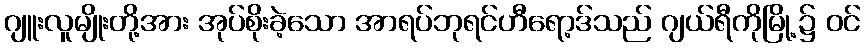
ဂျူးလူမျိုးတို့အား အုပ်စိုးခဲ့သော အာရပ်ဘုရင်ဟီရော့ဒ်သည် ဂျယ်ရီကိုမြို့၌ ဝင်